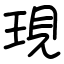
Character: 現